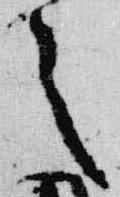
之